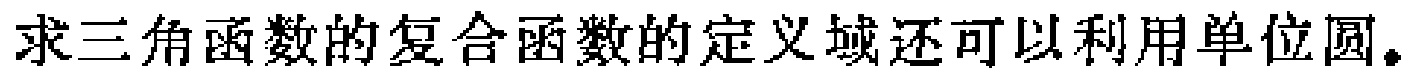
求三角函数的复合函数的定义域还可以利用单位圆。